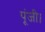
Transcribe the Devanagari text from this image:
पूंजी।